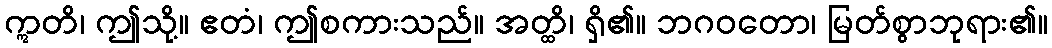
ဣတိ၊ ဤသို့။ ဧတံ၊ ဤစကားသည်။ အတ္ထိ၊ ရှိ၏။ ဘဂဝတော၊ မြတ်စွာဘုရား၏။